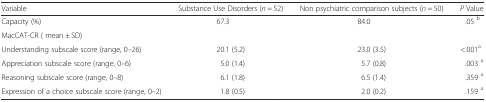
| Variable | Substance Use Disorders (n = 52) | Non psychiatric comparison subjects (n = 50) | P Value |
 | --- | --- | --- | --- |
 | Capacity (%) | 67.3 | 84.0 | .05 b |
 | MacCAT-CR ( mean ± SD) |  |  |  |
 | Understanding subscale score (range, 0–26) | 20.1 (5.2) | 23.0 (3.5) | <.001a |
 | Appreciation subscale score (range, 0–6) | 5.0 (1.4) | 5.7 (0.8) | .003 a |
 | Reasoning subscale score (range, 0–8) | 6.1 (1.8) | 6.5 (1.4) | .359 a |
 | Expression of a choice subscale score (range, 0–2) | 1.8 (0.5) | 2.0 (0.2) | .159 a |